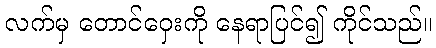
လက်မှ တောင်ဝှေးကို နေရာပြင်၍ ကိုင်သည်။